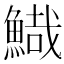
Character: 𩹯